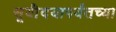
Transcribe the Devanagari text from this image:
सूर्यॊदयापर्यंतच्या